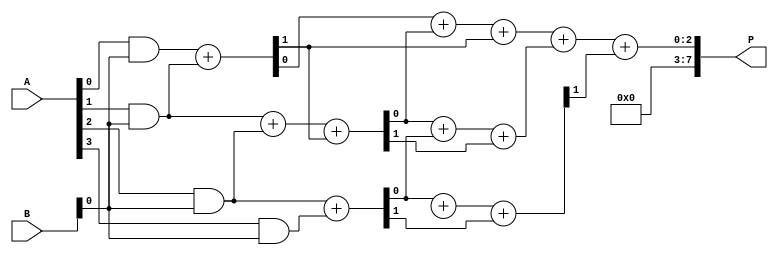
module wallace_tree_multiplier #(parameter N = 4) (
    input [N-1:0] A,
    input [N-1:0] B,
    output reg [2*N-1:0] P
);

// Partial product generation
wire [N-1:0] pp[N-1:0]; // Partial products

genvar i, j;
generate
    for (i = 0; i < N; i = i + 1) begin : pp_gen
        for (j = 0; j < N; j = j + 1) begin : pp_bit
            assign pp[i][j] = A[i] & B[j];
        end
    end
endgenerate

// Stage 1: Combine partial products using HAs and FAs
wire [N:0] sum1[N-1:0]; // Sums for stage 1
wire [N:0] carry1[N-1:0]; // Carries for stage 1

generate
    for (i = 0; i < N-1; i = i + 1) begin : stage1
        if (i % 2 == 0) begin
            // Half Adder
            assign {carry1[i][0], sum1[i][0]} = pp[i][0] + pp[i+1][0];
        end else begin
            // Full Adder
            assign {carry1[i][0], sum1[i][0]} = pp[i][0] + pp[i+1][0] + carry1[i-1][0];
        end
    end
endgenerate

// Stage 2: Further combine the results
wire [N:0] sum2[N-1:0]; // Sums for stage 2
wire [N:0] carry2[N-1:0]; // Carries for stage 2

generate
    for (i = 0; i < N-1; i = i + 1) begin : stage2
        // Combine stage 1 outputs
        assign {carry2[i][0], sum2[i][0]} = sum1[i][0] + sum1[i+1][0] + carry1[i][0];
    end
endgenerate

// Final addition
wire [2*N-1:0] final_sum;

assign final_sum = sum2[0][0] + sum2[1][0] + carry2[N-2][0];

// Assigning the final product
always @(*) begin
    P = final_sum;
end

endmodule